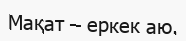
Мақат – еркек аю.